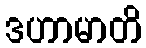
ဒဟာမာတိ